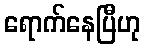
ရောက်နေပြီဟု